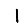
Digit: 1